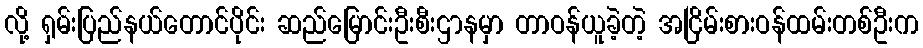
လို့ ရှမ်းပြည်နယ်တောင်ပိုင်း ဆည်မြောင်းဦးစီးဌာနမှာ တာဝန်ယူခဲ့တဲ့ အငြိမ်းစားဝန်ထမ်းတစ်ဦးက